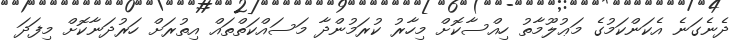
ދެނެގަނެ އެކަންކަމުގެ މަޢުލޫމާތު ހިއްސާކޮށް މިހާރު ކުރަމުންދާ މަސައްކަތްތައް އިތުރަށް ހަރުދަނާކޮށް މިފަދަ